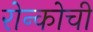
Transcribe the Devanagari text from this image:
रोन्कोची